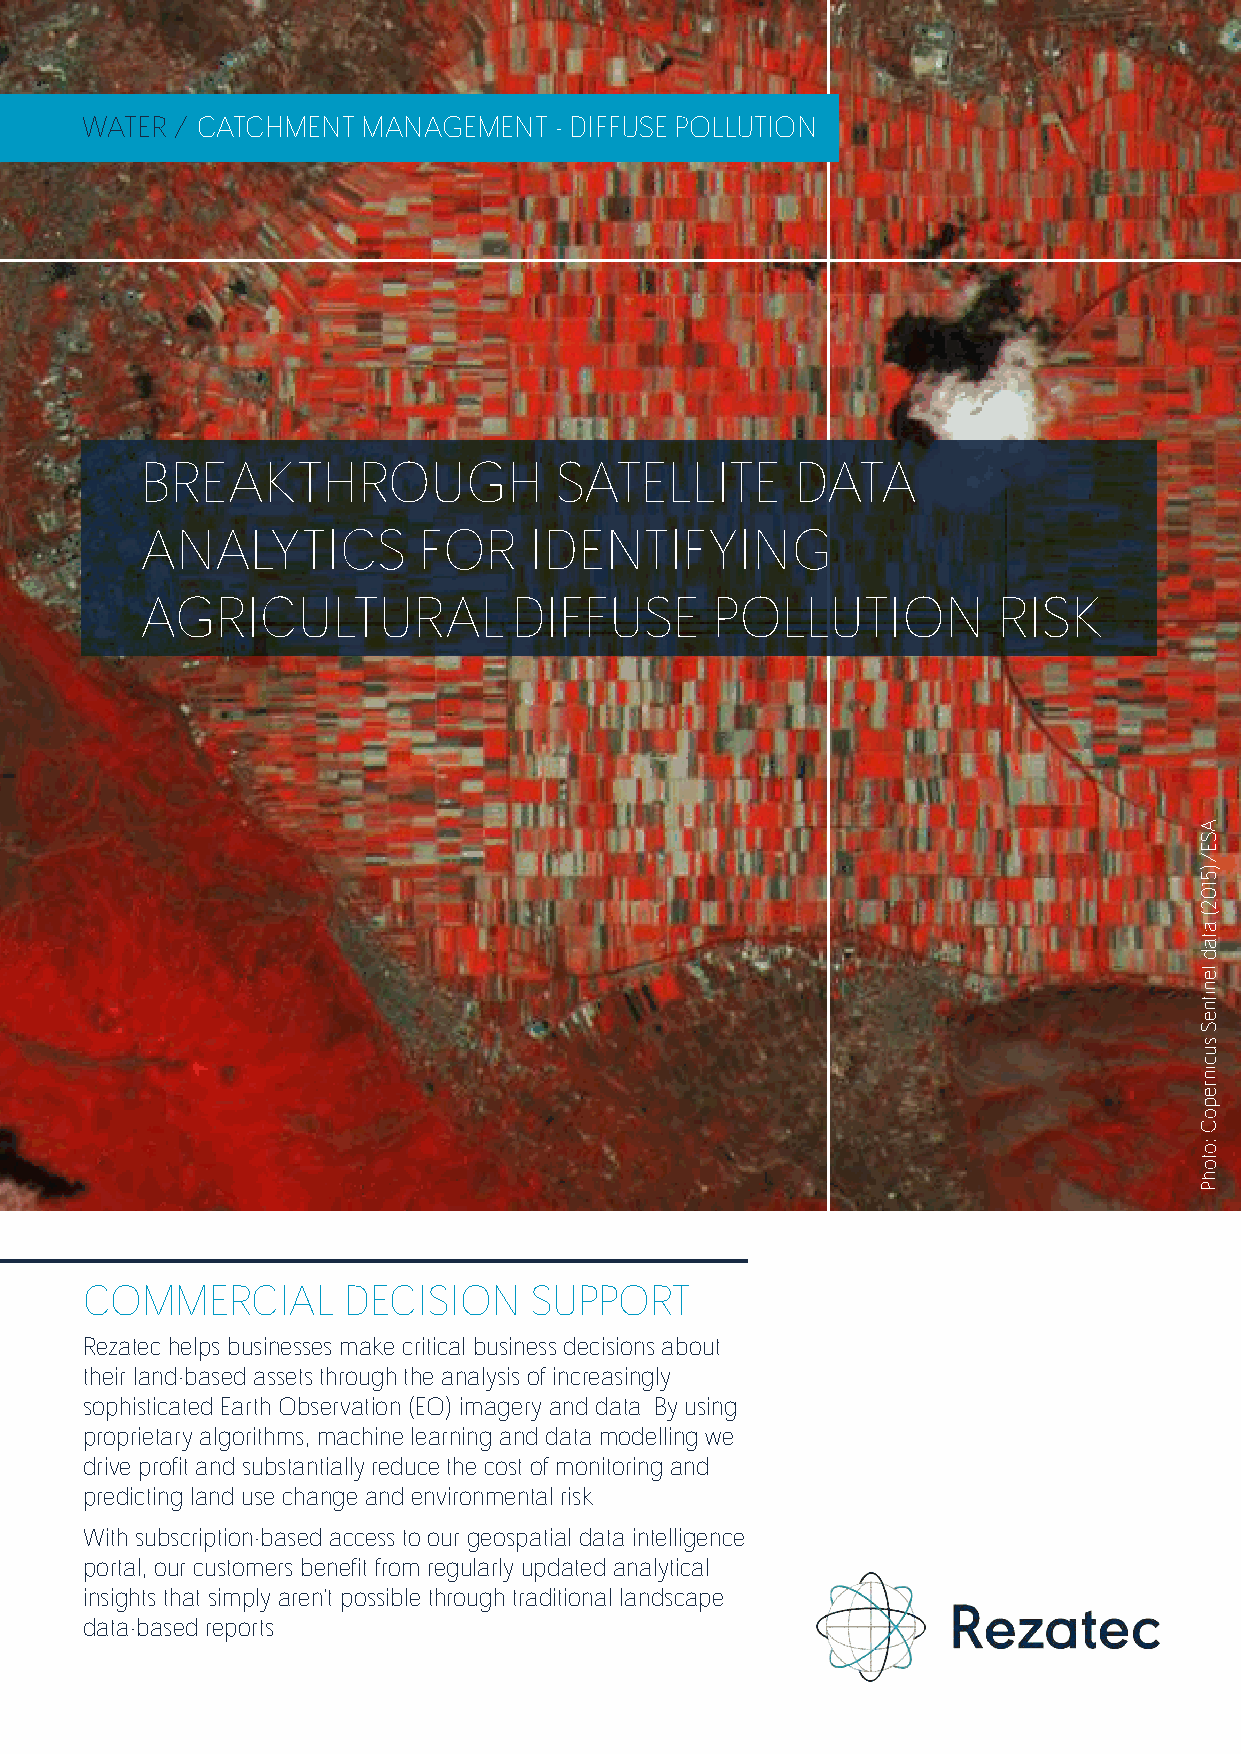
WATER / CATCHMENT  MANAGEMENT   - DIFFUSE POLLUTION
 BREAKTHROUGH                SATELLITE       DATA
 ANALYTICS          FOR    IDENTIFYING
 AGRICULTURALDIFFUSE                   POLLUTION          RISK
 COMMERCIAL        DECISION    SUPPORT
 Rezatec helpsbusinessesmakecriticalbusinessdecisionsabout
 theirland-basedassetsthroughtheanalysisofincreasingly
 sophisticatedEarthObservation(EO)imageryanddata.Byusing
 proprietaryalgorithms, machinelearninganddatamodellingwe
 driveprofitandsubstantiallyreducethecostofmonitoringand
 predicting landusechangeandenvironmentalrisk.
 Withsubscription-basedaccesstoourgeospatial dataintelligence
 portal,ourcustomersbenefitfromregularlyupdatedanalytical
 insightsthatsimply aren'tpossiblethroughtraditionallandscape
 data-based reports.
 ASE/)5102(atadlenitneSsucinrepoC:otohP